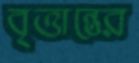
বৃত্তান্তের